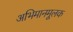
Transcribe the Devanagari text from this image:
अभिमानमूलक